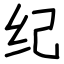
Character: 纪